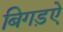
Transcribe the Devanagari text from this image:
बिगड़ऐ